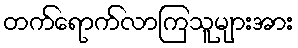
တက်ရောက်လာကြသူများအား